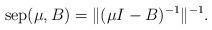
LaTeX: \begin{align*}\mathrm{sep}(\mu ,B)=\Vert (\mu I-B)^{-1}\Vert ^{-1}. \end{align*}